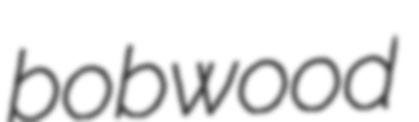
bobwood